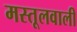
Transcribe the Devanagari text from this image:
मस्तूलवाली